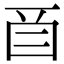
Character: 𬻕